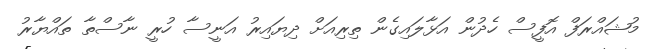
މުޝައްރަފް އޮފީސް ހެދުން އަޅާލައިގެން ތިރިއަށް ދިޔައިރު އަނީސާ ހުރީ ނާސްތާ ތައްޔާރު